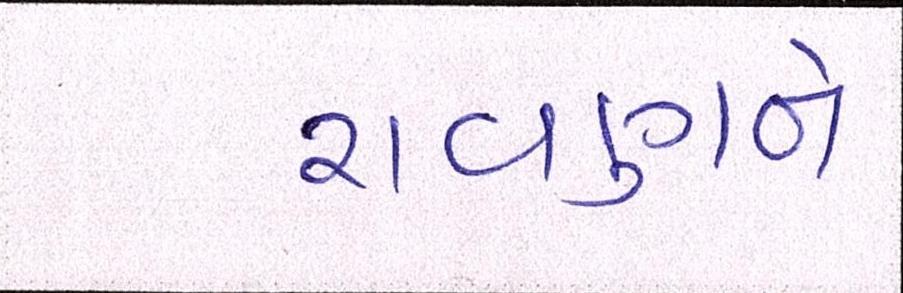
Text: રાવણને